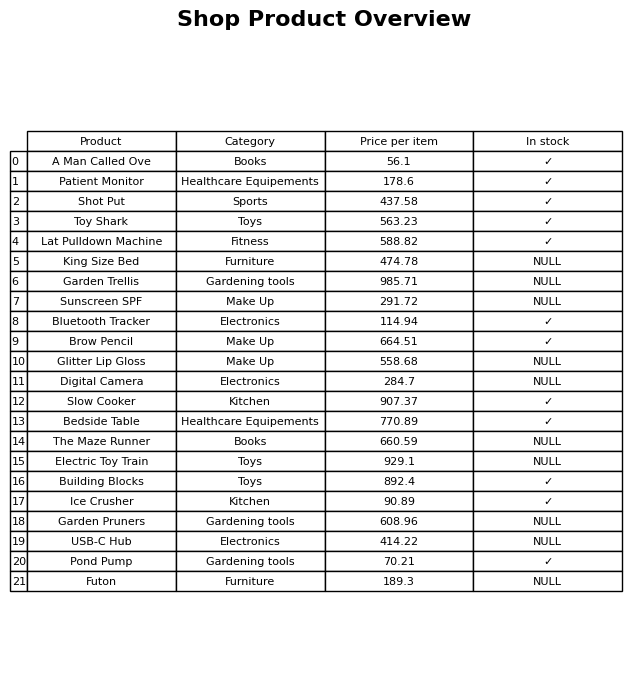
question: Which products are available in stock?
answer: A Man Called Ove, Patient Monitor, Shot Put, Toy Shark, Lat Pulldown Machine, Bluetooth Tracker, Brow Pencil, Slow Cooker, Bedside Table, Building Blocks, Ice Crusher, Pond Pump